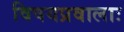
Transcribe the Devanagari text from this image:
विषयप्रवालाः